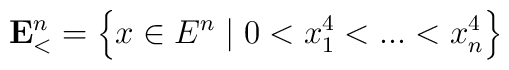
\mathbf{E}_{<}^{n}=\left\{ x\in E^{n}\mid 0<x_{1}^{4}<...<x_{n}^{4}\right\}